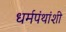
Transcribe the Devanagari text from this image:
धर्मपंथांशी